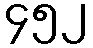
၄၅၂